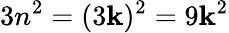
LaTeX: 3n^{2}=(3\mathbf{k})^{2}=9\mathbf{k}^{2}